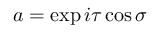
a = \exp { i \tau } \cos \sigma